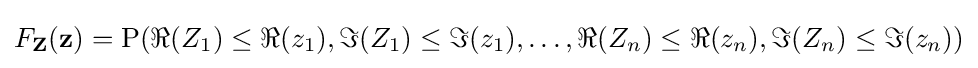
F_{\mathbf {Z} }(\mathbf {z} )=\operatorname {P} (\Re {(Z_{1})}\leq \Re {(z_{1})},\Im {(Z_{1})}\leq \Im {(z_{1})},\ldots ,\Re {(Z_{n})}\leq \Re {(z_{n})},\Im {(Z_{n})}\leq \Im {(z_{n})})